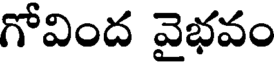
గోవింద వైభవం